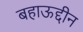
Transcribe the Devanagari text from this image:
बहाऊद्दीन